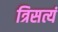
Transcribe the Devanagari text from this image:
त्रिसत्यं